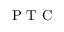
\mathrm { ~ P ~ T ~ C ~ }